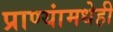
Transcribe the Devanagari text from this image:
प्राण्यांमधेही